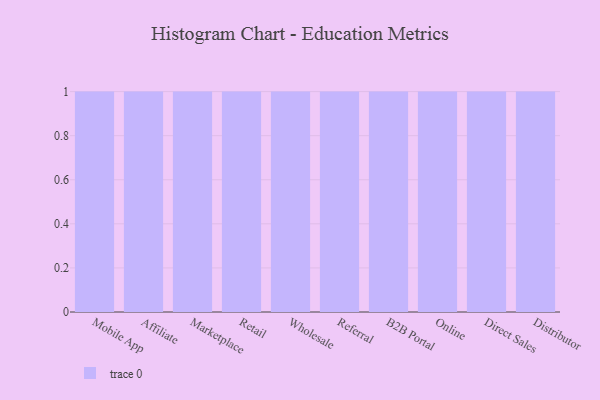
{"axis": {"x": "Channel", "y": "Customer Acquisition Cost (USD)"}, "legend": [""], "data": [{"x": "Mobile App", "y": 41, "type": ""}, {"x": "Affiliate", "y": 78, "type": ""}, {"x": "Marketplace", "y": 45, "type": ""}, {"x": "Retail", "y": 21, "type": ""}, {"x": "Wholesale", "y": 17, "type": ""}, {"x": "Referral", "y": 82, "type": ""}, {"x": "B2B Portal", "y": 40, "type": ""}, {"x": "Online", "y": 97, "type": ""}, {"x": "Direct Sales", "y": 63, "type": ""}, {"x": "Distributor", "y": 89, "type": ""}]}